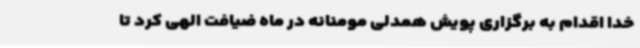
خدا اقدام به برگزاری پویش همدلی مومنانه در ماه ضیافت الهی کرد تا